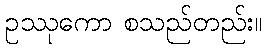
ဥဿုကော စသည်တည်း။